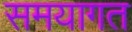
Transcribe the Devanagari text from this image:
समयागत